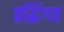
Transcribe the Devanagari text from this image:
व्रद्धिंगत